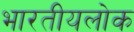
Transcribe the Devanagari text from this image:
भारतीयलोक